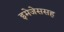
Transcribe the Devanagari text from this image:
इमेजेससह